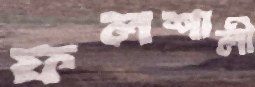
ফলশালী